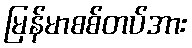
မြန်မာစစ်တပ်အား